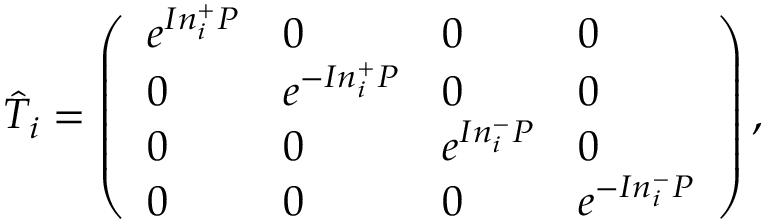
\begin{array} { r } { \hat { T } _ { i } = \left( \begin{array} { l l l l } { e ^ { I n _ { i } ^ { + } P } } & { 0 } & { 0 } & { 0 } \\ { 0 } & { e ^ { - I n _ { i } ^ { + } P } } & { 0 } & { 0 } \\ { 0 } & { 0 } & { e ^ { I n _ { i } ^ { - } P } } & { 0 } \\ { 0 } & { 0 } & { 0 } & { e ^ { - I n _ { i } ^ { - } P } } \end{array} \right) , } \end{array}